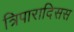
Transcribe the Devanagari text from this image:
त्रिपारादिसस